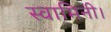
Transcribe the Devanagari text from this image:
स्वामिनी।